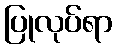
ပြုလုပ်ရာ